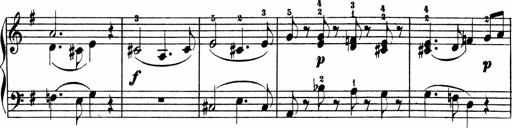
Title: 3 Sonatinen
Composer: Heinrich Lichner